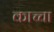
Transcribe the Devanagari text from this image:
काच्चा